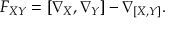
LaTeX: F _ { X Y } = [ \nabla _ { X } , \nabla _ { Y } ] - \nabla _ { [ X , Y ] } .